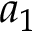
a _ { 1 }